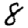
Digit: 8